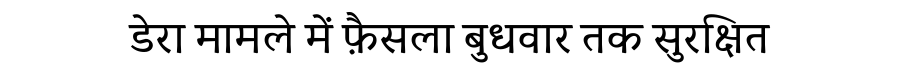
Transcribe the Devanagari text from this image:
डेरा मामले में फ़ैसला बुधवार तक सुरक्षित